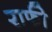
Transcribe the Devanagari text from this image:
राफी